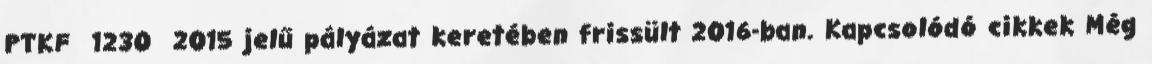
PTKF 1230 2015 jelű pályázat keretében frissült 2016-ban. Kapcsolódó cikkek Még